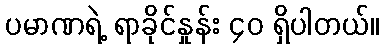
ပမာဏရဲ့ ရာခိုင်နှုန်း ၄၀ ရှိပါတယ်။